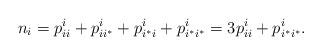
LaTeX: \begin{align*} n_i = p^i_{ii} + p^i_{ii^*} + p^i_{i^*i} + p^i_{i^*i^*} = 3p^i_{ii} + p^i_{i^*i^*}. \end{align*}